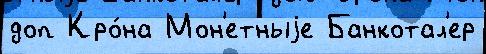
доп Кро́на Мон'етныjе Банкотал'ер